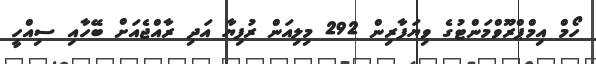
ހޯމް އިމްޕްރޫވްމަންޓުގެ ވިޔަފާރިން 292 މިލިއަން ރުފިޔާ އަދި ރާއްޖެއަށް ބޭހާއި ސިއްހީ